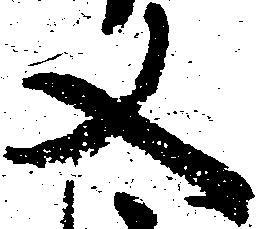
又